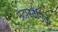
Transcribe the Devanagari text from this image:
मेटास्टैनिक